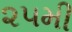
૨૫મી